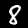
Digit: 8